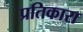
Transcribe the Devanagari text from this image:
प्रतिकारा